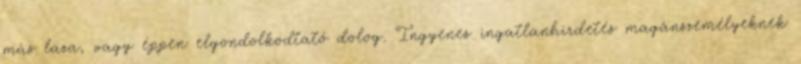
más laza, vagy éppen elgondolkodtató dolog. Ingyenes ingatlanhirdetés magánszemélyeknek